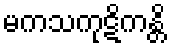
မကသကုဋိကန္တိ